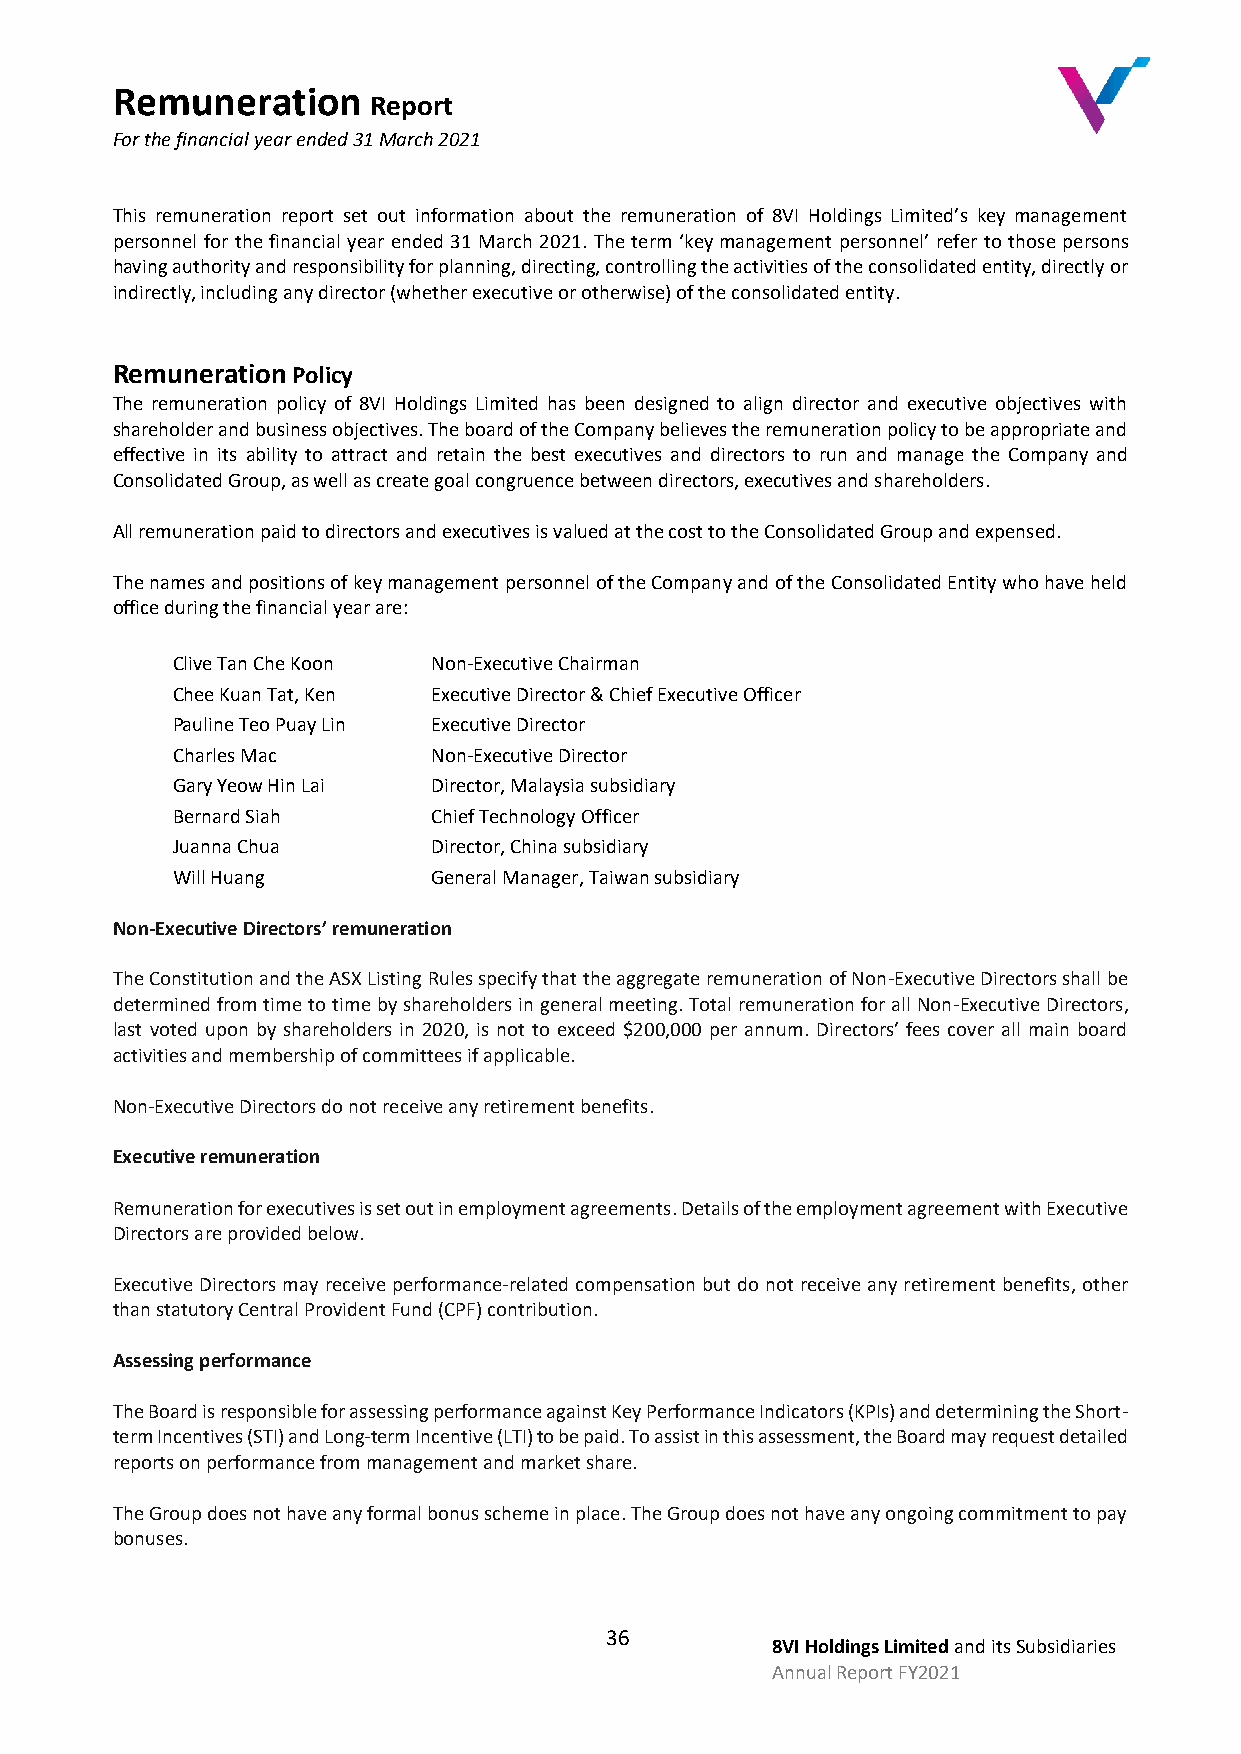
Remuneration
 Report
 For the financial year ended 31 March 2021
 This remuneration report set out information about the remuneration of 8VI Holdings Limited’s key management
 personnel for the financial year ended 31 March 2021. The term ‘key management personnel’ refer to those persons
 having authority and responsibility for planning, directing, controlling the activities of the consolidated entity, directly or
 indirectly, including any director (whether executive or otherwise) of the consolidated entity.
 Remuneration Policy
 The remuneration policy of 8VI Holdings Limited has been designed to align director and executive objectives with
 shareholder and business objectives. The board of the Company believes the remuneration policy to be appropriate and
 effective in its ability to attract and retain the best executives and directors to run and manage the Company and
 Consolidated Group, as well as create goal congruence between directors, executives and shareholders.
 All remuneration paid to directors and executives is valued at the cost to the Consolidated Group and expensed.
 The names and positions of key management personnel of the Company and of the Consolidated Entity who have held
 office during the financial year are:
 Clive Tan Che Koon Non-Executive Chairman
 Chee Kuan Tat, Ken Executive Director & Chief Executive Officer
 Pauline Teo Puay Lin Executive Director
 Charles Mac       Non-Executive Director
 Gary Yeow Hin Lai Director, Malaysia subsidiary
 Bernard Siah      Chief Technology Officer
 Juanna Chua       Director, China subsidiary
 Will Huang        General Manager, Taiwan subsidiary
 Non-Executive Directors’ remuneration
 The Constitution and the ASX Listing Rules specify that the aggregate remuneration of Non-Executive Directors shall be
 determined from time to time by shareholders in general meeting. Total remuneration for all Non-Executive Directors,
 last voted upon by shareholders in 2020, is not to exceed $200,000 per annum. Directors’ fees cover all main board
 activities and membership of committees if applicable.
 Non-Executive Directors do not receive any retirement benefits.
 Executive remuneration
 Remuneration for executives is set out in employment agreements. Details of the employment agreement with Executive
 Directors are provided below.
 Executive Directors may receive performance-related compensation but do not receive any retirement benefits, other
 than statutory Central Provident Fund (CPF) contribution.
 Assessing performance
 The Board is responsible for assessing performance against Key Performance Indicators (KPIs) and determining the Short-
 term Incentives (STI) and Long-term Incentive (LTI) to be paid. To assist in this assessment, the Board may request detailed
 reports on performance from management and market share.
 The Group does not have any formal bonus scheme in place. The Group does not have any ongoing commitment to pay
 bonuses.
 36
 8VI Holdings Limited and its Subsidiaries
 Annual Report FY2021